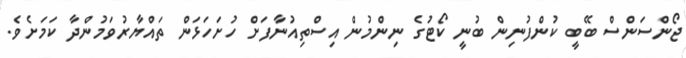
ޖޯންސަންސް ބޭބީ ކުންފުނިން ބުނީ ކޯޓުގެ ނިންމުން އިސްތިއުނާފަށް ހުށަހަޅަން ތައްޔާރުވަމުންދާ ކަމަށެވެ.